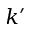
k ^ { \prime }